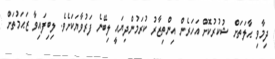
ދިމާވި ޙާލަތަށް ޝުކުރުކޮށް އަހަރެން އިންތިޒާރު ކުރަމުންދިޔައީ ލިބޭނެ ފަރުވާޔަކަށެވެ. ލިބިފައިވާ ޒަޙަމުތަށް